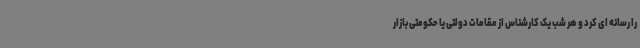
را رسانه ای کرد و هر شب یک کارشناس از مقامات دولتی یا حکومتی بازار